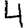
Digit: 4